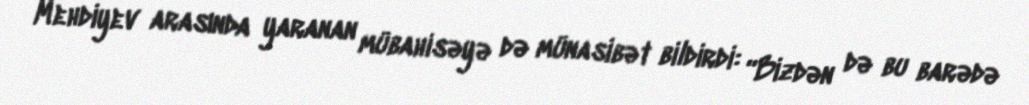
Mehdiyev arasında yaranan mübahisəyə də münasibət bildirdi: “Bizdən də bu barədə